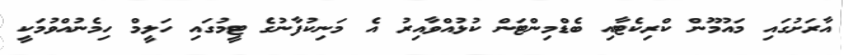
އާރަށުގައި މައުމޫން ކްރިކެޓާއި ބެޑްމިންޓަން ކުޅުއްވާއިރު އެ މަނިކުފާނުގެ ޓީމުގައި ހަލީމް ހިމެނުއްވުމަކީ